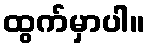
ထွက်မှာပါ။